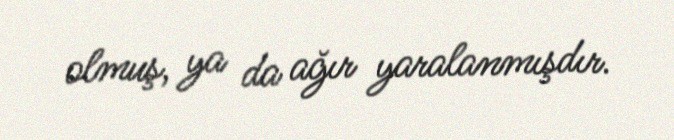
olmuş, ya da ağır yaralanmışdır.